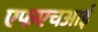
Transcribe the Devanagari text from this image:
एफएचआई